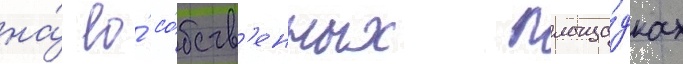
на́ ео́ со́бств'енных площа́дках